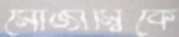
মোজাম্বিকে